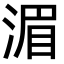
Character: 湄